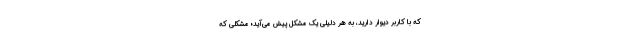
که با کاربر دیوار دارید، به هر دلیلی یک مشکل پیش می‌آِید؛ مشکلی که